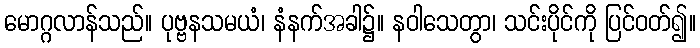
မောဂ္ဂလာန်သည်။ ပုဗ္ဗနသမယံ၊ နံနက်အခါ၌။ နဝါသေတွာ၊ သင်းပိုင်ကို ပြင်ဝတ်၍။